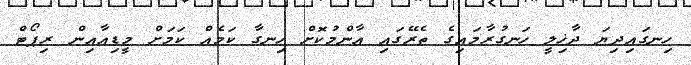
ހިނގައިދިޔަ ދާޚިލީ ހަނގުރާމައިގެ ތެރޭގައި އާންމުކޮށް ހިނގާ ކަމެއް ކަމަށް މީޑިއާއިން ރިޕޯޓް